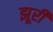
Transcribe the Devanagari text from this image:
झूरी